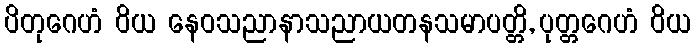
ပိတုဂေဟံ ဝိယ နေဝသညာနာသညာယတနသမာပတ္တိ, ပုတ္တဂေဟံ ဝိယ